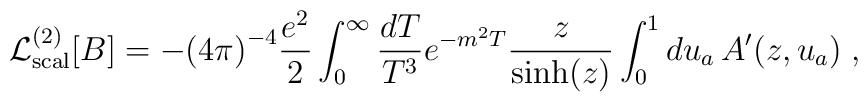
{\cal L}^{(2)}_{\rm scal}[B]=-{(4\pi )}^{-4}{e^2\over 2}\int_{0}^{\infty}{dT\over T^3}e^{-m^2T}{z\over \sinh(z)}\int_0^1 du_a\,A'(z,u_a)\; ,